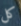
كل